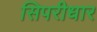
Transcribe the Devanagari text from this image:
सिपरीधार